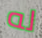
له